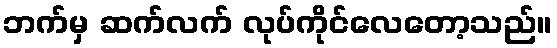
ဘက်မှ ဆက်လက် လုပ်ကိုင်လေတော့သည်။